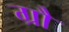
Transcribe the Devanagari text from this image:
ग्रौ